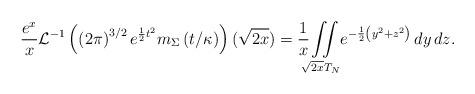
LaTeX: \begin{align*}\frac{e^{x}}{x}\mathcal{L}^{-1}\left( \left( 2\pi\right) ^{3/2}e^{\frac{1}{2}t^{2}}m_{\Sigma}\left( t/\kappa\right) \right)(\sqrt{2x}) =\frac{1}{x}{\displaystyle\iint\limits_{\sqrt{2x}T_N}}e^{-\frac{1}{2}\left( y^{2}+z^{2}\right) }\, d y \, d z. \end{align*}